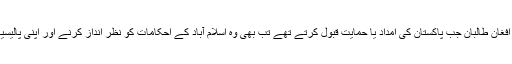
درحقیقت تاریخ بتاتی ہے کہ افغان طالبان جب پاکستان کی امداد یا حمایت قبول کرتے تھے تب بھی وہ اِسلام آباد کے احکامات کو نظر انداز کرنے اور اپنی پالیسیاں تیار کرنے کے قابل تھے۔